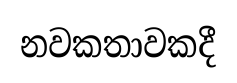
නවකතාවකදී